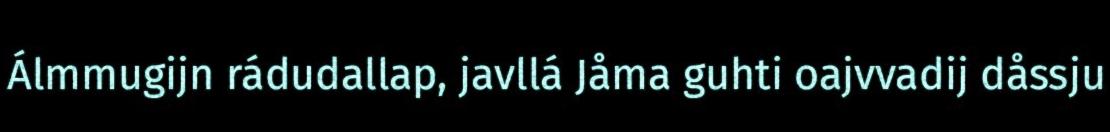
Álmmugijn rádudallap, javllá Jåma guhti oajvvadij dåssju